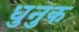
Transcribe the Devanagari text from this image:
धुनुक